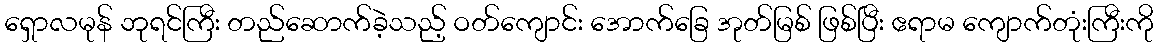
ရှောလမုန် ဘုရင်ကြီး တည်ဆောက်ခဲ့သည့် ဝတ်ကျောင်း အောက်ခြေ အုတ်မြစ် ဖြစ်ပြီး ဧရာမ ကျောက်တုံးကြီးကို